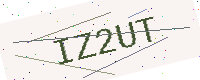
Text: IZ2UT